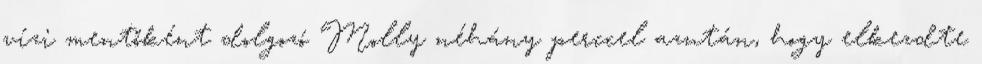
vízi mentőként dolgozó Molly néhány perccel azután, hogy elkezdte